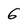
Character: 6